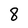
Character: 8